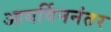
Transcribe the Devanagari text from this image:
आयर्विननंतर